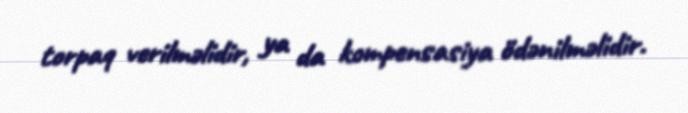
torpaq verilməlidir, ya da kompensasiya ödənilməlidir.